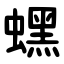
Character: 蟔